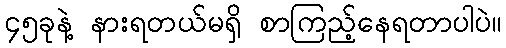
၄၅ခုနဲ့ နားရတယ်မရှိ စာကြည့်နေရတာပါပဲ။